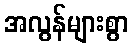
အလွန်များစွာ